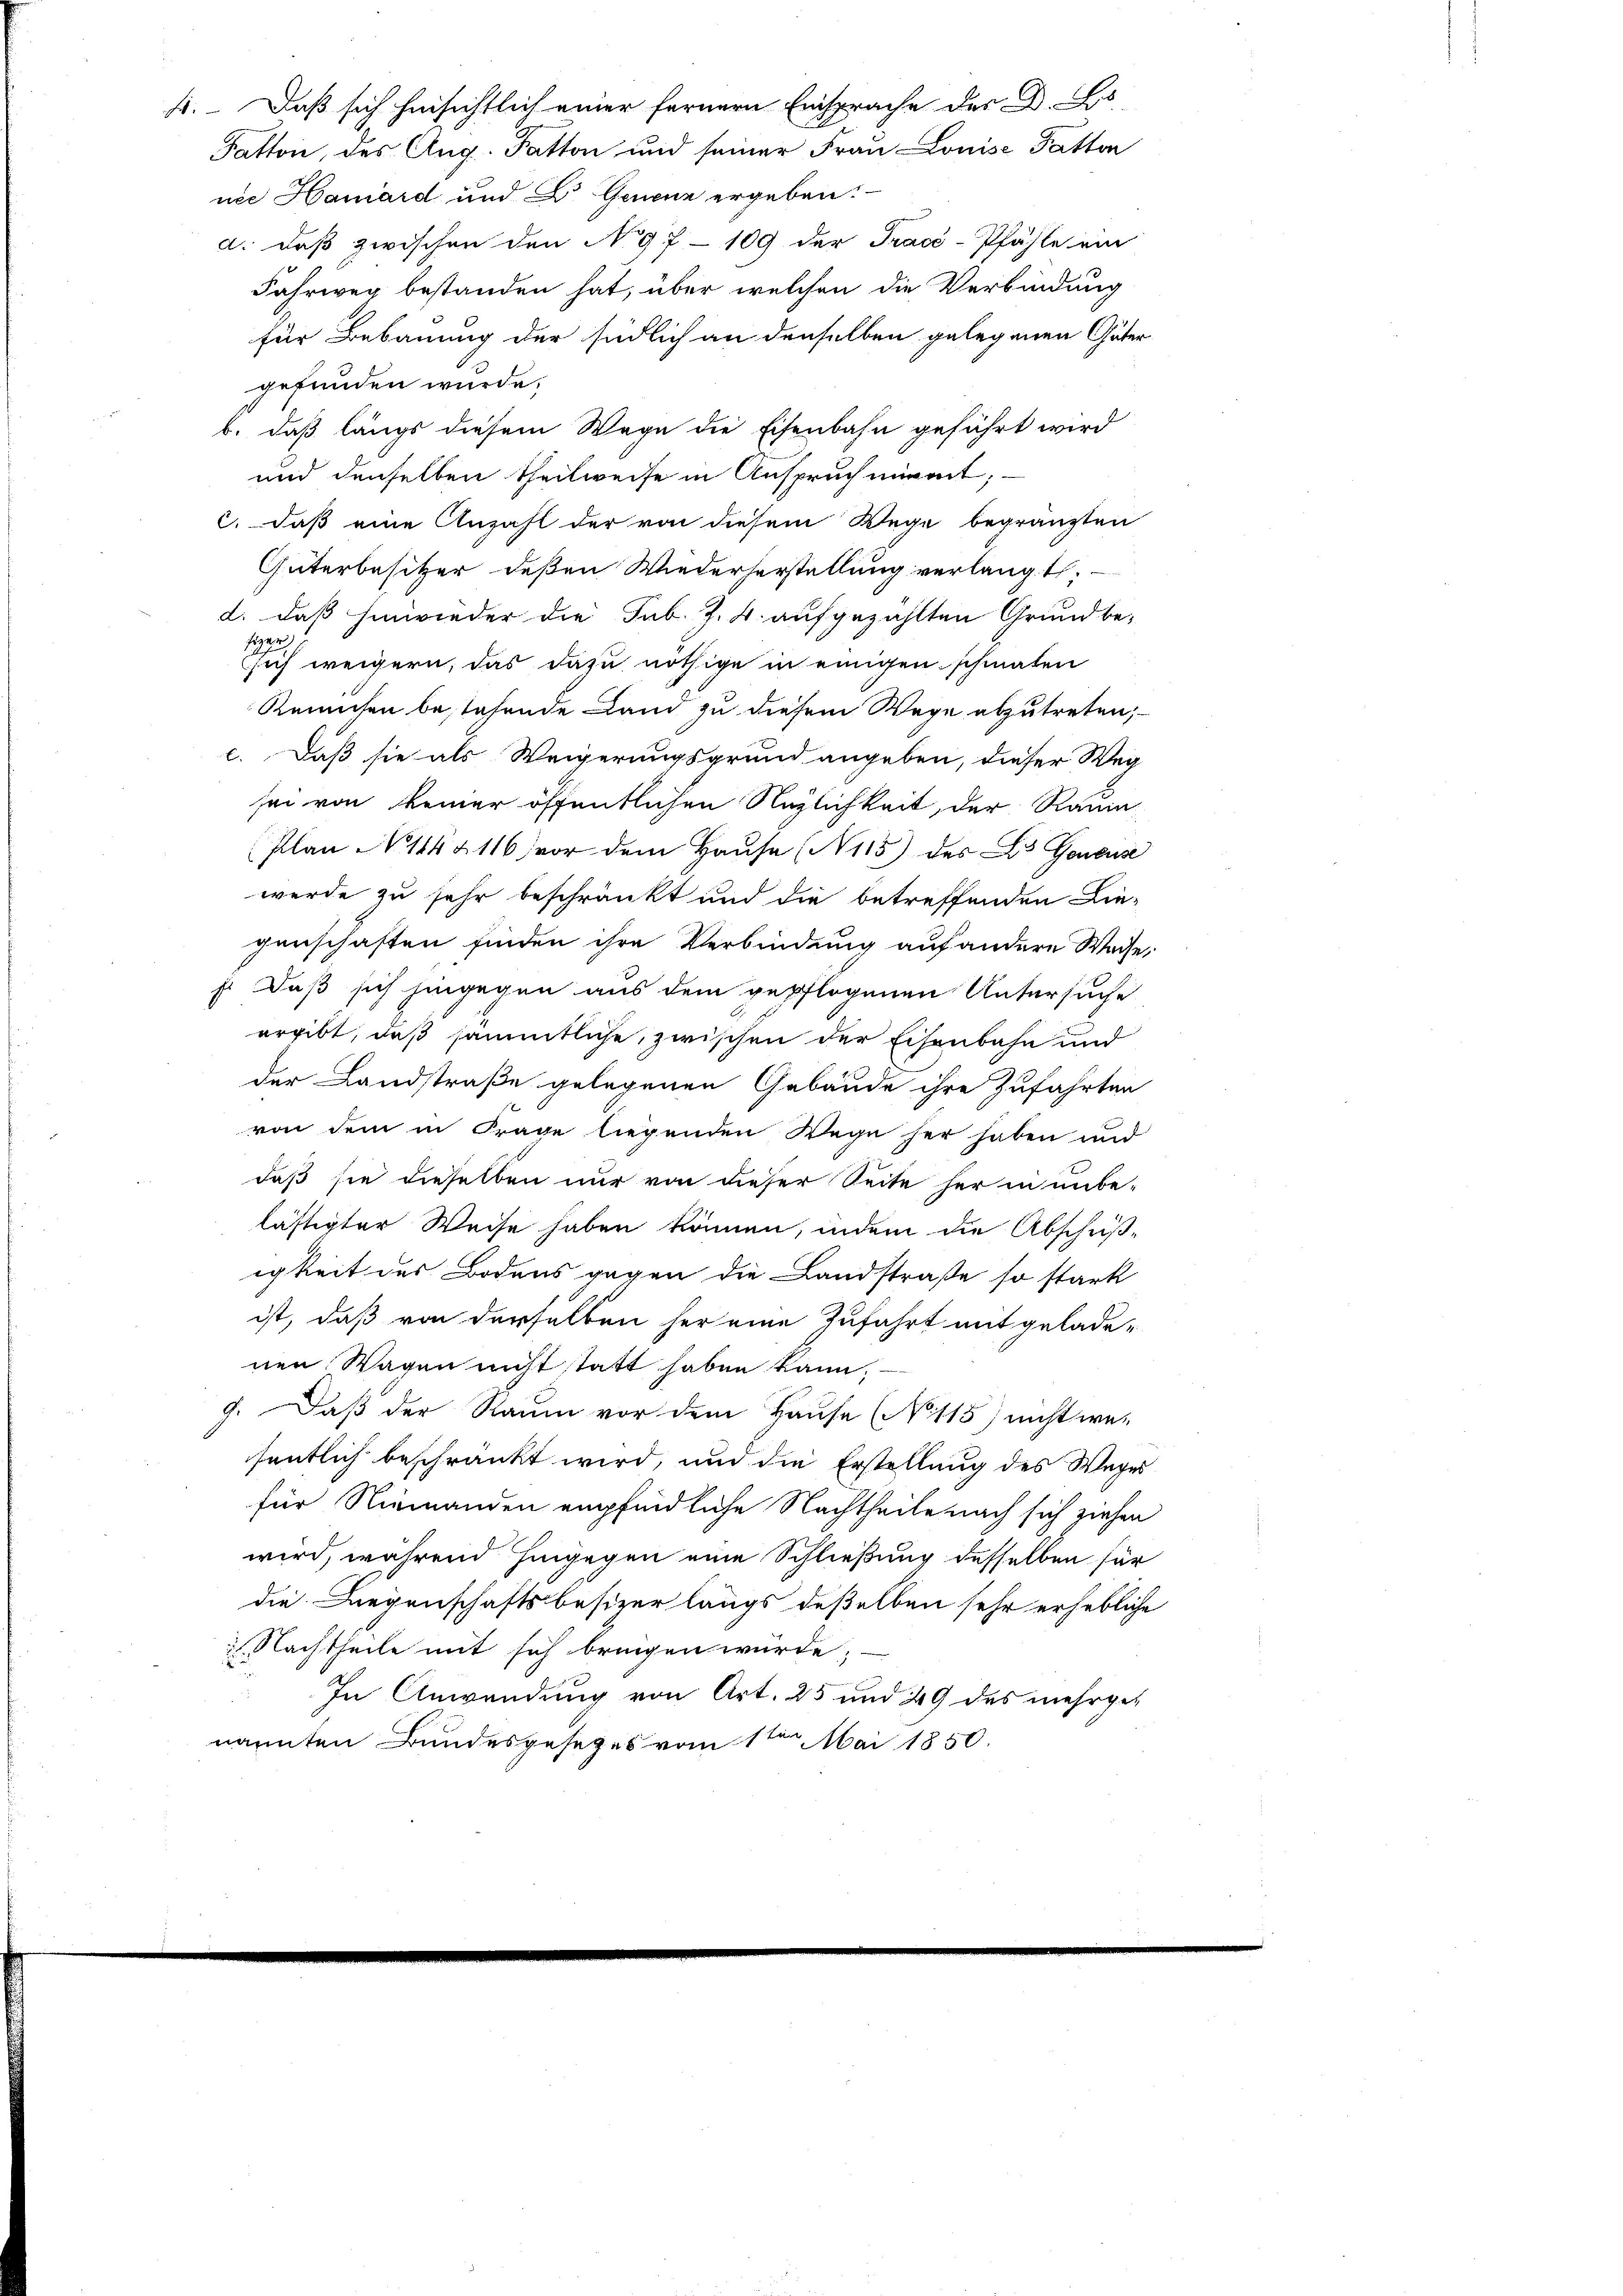
4. Daß sich hinsichtlich einer fernern Einsprache des D. Lo
Fatton, des Aug. Fatton und seiner Frau Louise Patton
nee Hamard und Dr. Grenz ergeben:
d. daß zwischen den No 97 - 109 der Tracé-Pfähle ein
Fahrweg bestanden hat, über welchen die Verbindung
für Bebauung der südlich an denselben gelegenen Güter
gefunden würde.
b. daß längs diesem Wege die Eisenbahn geführt wird
und denselben theilweise in Anspruch niet,
c. daß eine Anzahl der von diesem Wege begränzten
Güterbesitzer deßen Wiederherstellung verlangt,
d. daß hinwieder die Jub. Z. 4. aufgezählten Grundbe-
seger
sich weigern, das dazu nöthige in einigen schmaten
Reinchen bestehende Land zu diesem Wege abzutreten,
c. Daß sie als Weigerungsgrund angeben, dieser Weg
sei von keiner öffentlichen Neglichkeit, der Raum
Plan N. 114 & 116 vor dem Haŭse (N 115) des B. Generse
werde zu sehr beschränkt und die betreffenden Lie-
genschaften finden ihre Verbindung auf andere Waise,
f. Daß sich hingegen aus dem gepflogenen Untersuche
ergibt, daß sämmtliche, zwischen der Eisenbahn und
der Landstraße gelegenen Gebäude ihre Zufahrten
von dem in Frage liegenden Wege her haben und
daß sie dieselben nur von dieser Seite her in unbe-
lästigter Weise haben können, indem die Abschuß-
igkeit des Bodens gegen die Landstraße so stark
ist, daß von derselben her eine Zufahrt mit gelade-
nen Wagen nicht statt haben kann. —
g. Daß der Raum vor dem Hause (No 115) nicht we-
fentlich beschränkt wird, und die Erstellung des Weges
für Niemanden empfindliche Nachtheile nach sich ziehen
wird, während hingegen eine Schließung desselben für
die Liegenschaftsbesizer längs deßelben sehr erhebliche
. Nachtheile mit sich bringen würde;
In Anwendung von Art. 25 und 49 des mehrgenannten Bundesgesezes vom 1te͇n Mai 1850.